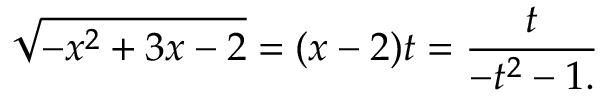
{ \sqrt { - x ^ { 2 } + 3 x - 2 } } = ( x - 2 ) t = { \frac { t } { - t ^ { 2 } - 1 . } }